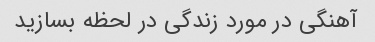
آهنگی در مورد زندگی در لحظه بسازید